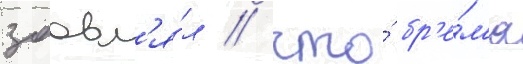
заавл'я́л / что́ бр'е́м'я